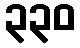
၃၃၀